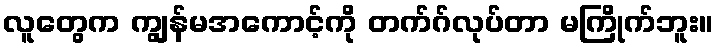
လူတွေက ကျွန်မအကောင့်ကို တက်ဂ်လုပ်တာ မကြိုက်ဘူး။